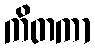
ကိတကာ